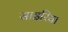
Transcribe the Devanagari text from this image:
साइरिया